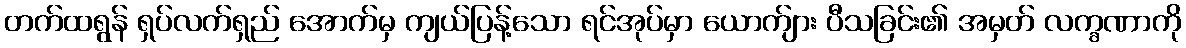
တက်ထရွန် ရှပ်လက်ရှည် အောက်မှ ကျယ်ပြန့်သော ရင်အုပ်မှာ ယောက်ျား ပီသခြင်း၏ အမှတ် လက္ခဏာကို